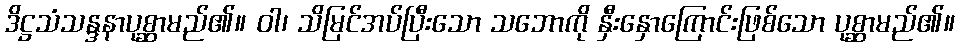
ဒိဋ္ဌသံသန္ဒနာပုစ္ဆာမည်၏။ ဝါ၊ သိမြင်အပ်ပြီးသော သဘောကို နှီးနှောကြောင်းဖြစ်သော ပုစ္ဆာမည်၏။